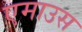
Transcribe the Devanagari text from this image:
एमाउस